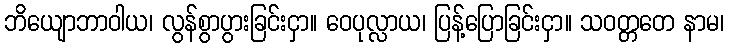
ဘိယျောဘာဝါယ၊ လွန်စွာပွားခြင်းငှာ။ ဝေပုလ္လာယ၊ ပြန့်ပြောခြင်းငှာ။ သဝတ္တတေ နာမ၊